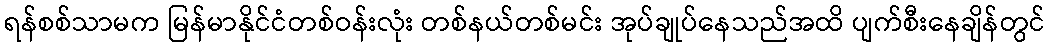
ရန်စစ်သာမက မြန်မာနိုင်ငံတစ်ဝန်းလုံး တစ်နယ်တစ်မင်း အုပ်ချုပ်နေသည်အထိ ပျက်စီးနေချိန်တွင်